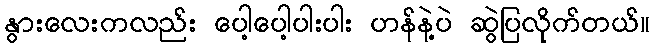
နွားလေးကလည်း ပေါ့ပေါ့ပါးပါး ဟန်နဲ့ပဲ ဆွဲပြလိုက်တယ်။